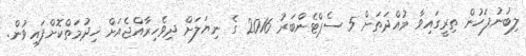
ލިބުނުފަހުން ތިރީގައިވާ މުއްދަތަށް 5 ސެޕްޓެންބަރު 2016 ގެ ނިޔަލަށް ދިވެހިރާއްޖެއަށް ޚިދުމަތްކޮށްފައިވުން.